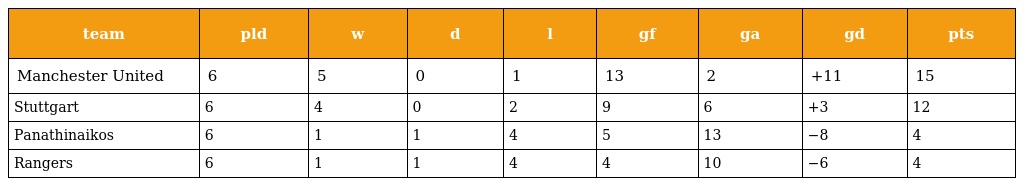
| team | pld | w | d | l | gf | ga | gd | pts |
 | --- | --- | --- | --- | --- | --- | --- | --- | --- |
 | Manchester United | 6 | 5 | 0 | 1 | 13 | 2 | +11 | 15 |
 | Stuttgart | 6 | 4 | 0 | 2 | 9 | 6 | +3 | 12 |
 | Panathinaikos | 6 | 1 | 1 | 4 | 5 | 13 | −8 | 4 |
 | Rangers | 6 | 1 | 1 | 4 | 4 | 10 | −6 | 4 |